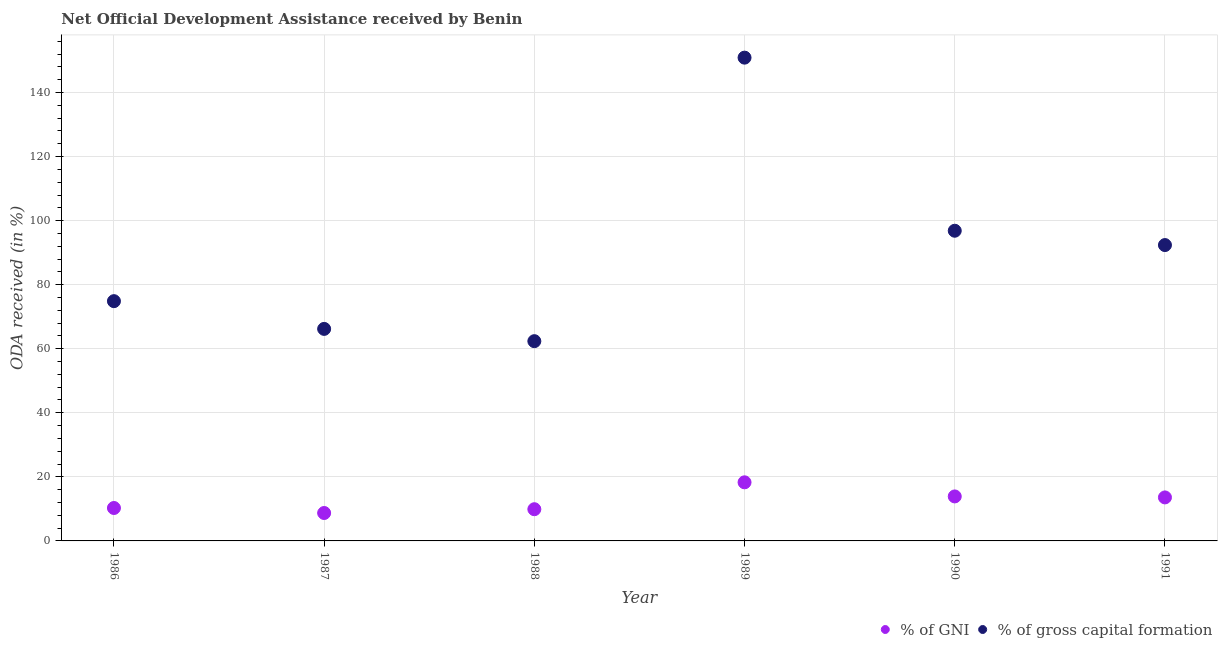
| Year | % of GNI | % of gross capital formation |
 | --- | --- | --- |
 | 1986 | 10.3 | 74.9 |
 | 1987 | 8.72 | 66.2 |
 | 1988 | 9.9 | 62.4 |
 | 1989 | 18.3 | 151 |
 | 1990 | 13.9 | 96.8 |
 | 1991 | 13.6 | 92.4 |